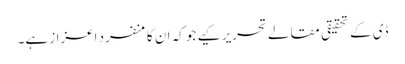
ڈی کے تحقیقی مقالے تحریر کیے جو کہ ان کا منفرد اعزاز ہے۔